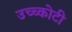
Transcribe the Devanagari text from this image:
उच्च्कोटी